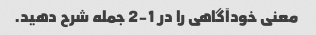
معنی خودآگاهی را در 1-2 جمله شرح دهید.